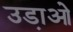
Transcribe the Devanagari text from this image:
उडा़ओ